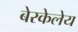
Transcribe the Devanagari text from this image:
बेरकेलेय